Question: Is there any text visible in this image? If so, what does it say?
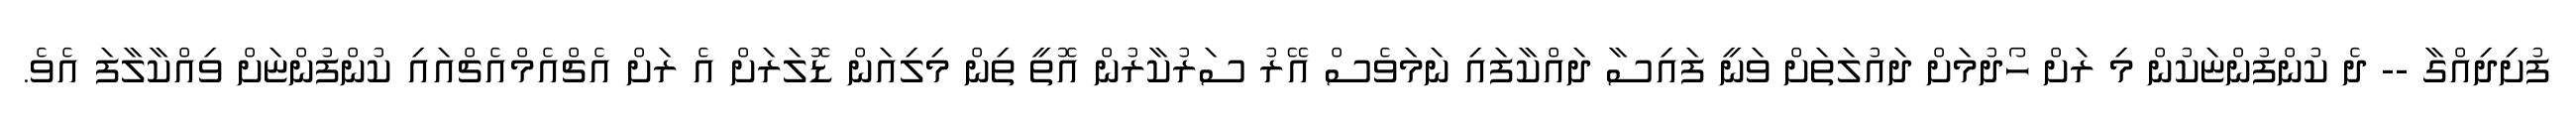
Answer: ފުށިދިއްގާ -- ދެ ކުންފުންޏަކުން މި ރަށް ހޯދުމަށް ދައުލަތަށް ވަނީ ފައިސާ ދައްކާފައި ނަމަވެސް އޭރު ސަރުކާރުން އޮތީ ތިން މިލިއަން ޑޮލަރަށް އެ ރަށް އެޗްއެމްއެޗްއައި ކުންފުންޏަށް ވިއްކާލާފަ އެވެ.